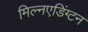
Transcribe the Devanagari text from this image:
मिल्नएडिंग्टन